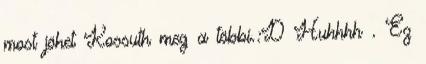
most jöhet Kossuth meg a többi.:D Huhhhh . Ez